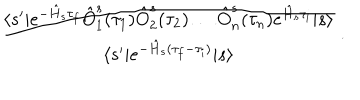
\frac { \langle s ^ { \prime } | e ^ { - \hat { H } _ { s } \tau _ { f } } \hat { O } _ { 1 } ^ { s } ( \tau _ { 1 } ) \hat { O } _ { 2 } ^ { s } ( \tau _ { 2 } ) \ldots \hat { O } _ { n } ^ { s } ( \tau _ { n } ) e ^ { \hat { H } _ { s } \tau _ { i } } | s \rangle } { \langle s ^ { \prime } | e ^ { - \hat { H } _ { s } ( \tau _ { f } - \tau _ { i } ) } | s \rangle } \, .